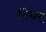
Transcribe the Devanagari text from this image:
निथर